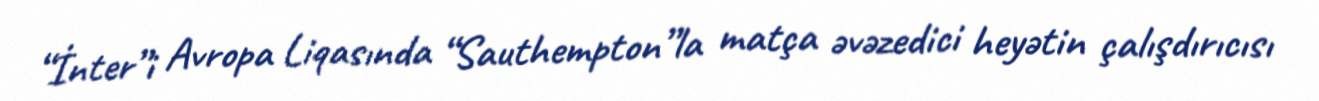
“İnter”i Avropa Liqasında “Sauthempton”la matça əvəzedici heyətin çalışdırıcısı